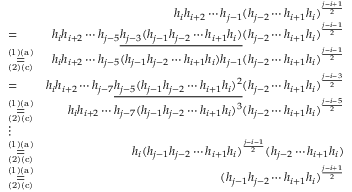
\begin{array} { r l r } & { } & { h _ { i } h _ { i + 2 } \cdots h _ { j - 1 } ( h _ { j - 2 } \cdots h _ { i + 1 } h _ { i } ) ^ { \frac { j - i + 1 } { 2 } } } \\ & { = } & { h _ { i } h _ { i + 2 } \cdots h _ { j - 5 } \underline { { h _ { j - 3 } ( h _ { j - 1 } h _ { j - 2 } \cdots h _ { i + 1 } h _ { i } ) } } ( h _ { j - 2 } \cdots h _ { i + 1 } h _ { i } ) ^ { \frac { j - i - 1 } { 2 } } } \\ & { \overset { \mathrm { ( 1 ) ( a ) } } { \underset { \mathrm { ( 2 ) ( c ) } } { = } } } & { h _ { i } h _ { i + 2 } \cdots h _ { j - 5 } ( h _ { j - 1 } h _ { j - 2 } \cdots h _ { i + 1 } h _ { i } ) h _ { j - 1 } ( h _ { j - 2 } \cdots h _ { i + 1 } h _ { i } ) ^ { \frac { j - i - 1 } { 2 } } } \\ & { = } & { h _ { i } h _ { i + 2 } \cdots h _ { j - 7 } \underline { { h _ { j - 5 } ( h _ { j - 1 } h _ { j - 2 } \cdots h _ { i + 1 } h _ { i } ) ^ { 2 } } } ( h _ { j - 2 } \cdots h _ { i + 1 } h _ { i } ) ^ { \frac { j - i - 3 } { 2 } } } \\ & { \overset { \mathrm { ( 1 ) ( a ) } } { \underset { \mathrm { ( 2 ) ( c ) } } { = } } } & { h _ { i } h _ { i + 2 } \cdots h _ { j - 7 } ( h _ { j - 1 } h _ { j - 2 } \cdots h _ { i + 1 } h _ { i } ) ^ { 3 } ( h _ { j - 2 } \cdots h _ { i + 1 } h _ { i } ) ^ { \frac { j - i - 5 } { 2 } } } \\ & { \vdots } & \\ & { \overset { \mathrm { ( 1 ) ( a ) } } { \underset { \mathrm { ( 2 ) ( c ) } } { = } } } & { h _ { i } ( h _ { j - 1 } h _ { j - 2 } \cdots h _ { i + 1 } h _ { i } ) ^ { \frac { j - i - 1 } { 2 } } ( h _ { j - 2 } \cdots h _ { i + 1 } h _ { i } ) } \\ & { \overset { \mathrm { ( 1 ) ( a ) } } { \underset { \mathrm { ( 2 ) ( c ) } } { = } } } & { ( h _ { j - 1 } h _ { j - 2 } \cdots h _ { i + 1 } h _ { i } ) ^ { \frac { j - i + 1 } { 2 } } } \end{array}